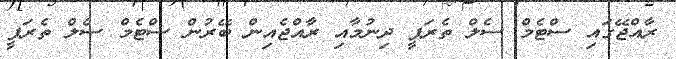
ރާއްޖޭގައި ސްޓެމް ސެލް ތެރަޕީ ދިނުމާއި ރާއްޖެއިން ބޭރުން ސްޓެމް ސެލް ތެރަޕީ